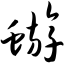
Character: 蝣